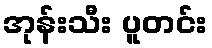
အုန်းသီး ပူတင်း